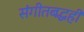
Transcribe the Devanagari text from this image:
संगीतबद्धही